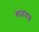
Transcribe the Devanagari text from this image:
खळवाड